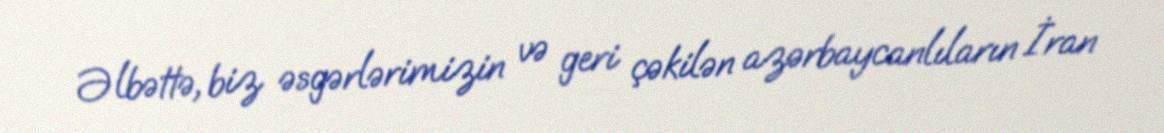
Əlbəttə, biz əsgərlərimizin və geri çəkilən azərbaycanlıların İran